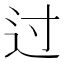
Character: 过